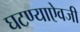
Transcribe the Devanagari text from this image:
घटण्याऐवजी